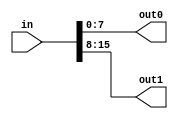
module TC_Splitter16 (in, out0, out1);
    parameter UUID = 0;
    parameter NAME = "";
    input [15:0] in;
    output [7:0] out0;
    output [7:0] out1;
    
    assign {out1, out0} = in;
endmodule